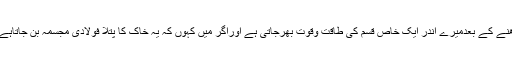
ان دعاؤں کو پڑھنے کے بعدمیرے اندر ایک خاص قسم کی طاقت وقوت بھرجاتی ہے اوراگر میں کہوں کہ یہ خاک کا پتلا فولادی مجسمہ بن جاتاہے تو غلط نہ ہوگا۔